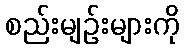
စည်းမျဉ်းများကို